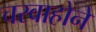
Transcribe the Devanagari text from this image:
चरवाहोने